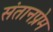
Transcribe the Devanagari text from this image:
संतानप्रेम